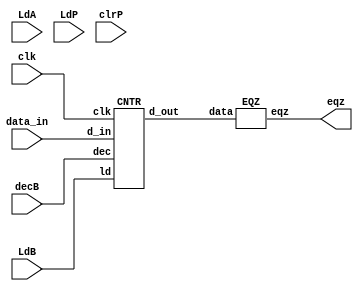
module Mul_datapath(eqz, LdA, LdB, LdP, clrP, decB, data_in, clk);
    input LdA, LdB, LdP, clrP, decB, clk;
    input [15:0] data_in;
    output eqz;
    wire [15:0] x, y, z, b_out, bus;
    assign bus = data_in;
    PIPO1 A(x, bus, LdA, clk);
    PIPO2 P(y, z, LdP, clrP, clk);
    CNTR B(b_out, bus, LdB, decB, clk);
    ADD AD(z, x, y);
    EQZ comp(eqz, b_out);
endmodule

module ADD(out , in1, in2);
    input [15:0] in1, in2;
    output reg [15:0] out;
    always @(*)
        out = in1 + in2;
endmodule

module PIPO1(d_out, d_in, ld, clk);
    input [15:0] d_in;
    input ld, clk;
    output reg [15:0] d_out;
    always @(posedge clk)
        if(ld)
            d_out <= d_in;
endmodule

module PIPO2(d_out, d_in, ld, clr, clk);
    input [15:0] d_in;
    input clr, clk, ld;
    output reg [15:0] d_out;
    always @(posedge clk)
        if(clr)
            d_out <= 16'b0;
        else if(ld)
            d_out <= d_in;
endmodule

module EQZ(eqz, data);
    input [15:0] data;
    output eqz;
    assign eqz = (data == 0); // if B == 0, then eqz i.e. equality to z is zero
endmodule

module CNTR (d_out, d_in, ld, dec, clk);
    input [15:0] d_in;
    input ld, dec, clk;
    output reg [15:0] d_out;
    always @(posedge clk)
    begin
        if(ld)
            d_out <= d_in;
        else if(dec)
            d_out <= d_out - 1;
    end
endmodule



module controller(LdA, LdB, LdP, clrP, decB, done, clk, eqz, start);

// The control path
    input clk, eqz, start;
    output reg LdA, LdB, LdP, clrP, decB, done;

    reg [2:0] state;
    parameter s0 = 3'b000, s1 = 3'b001, s2 = 3'b010, s3 = 3'b011, s4 = 3'b100;
    always @(posedge clk)
        begin
            case (state)
                s0 : if(start) 
                        state <= s1;
                s1 : state <= s2;
                s2 : state <= s3;
                s3 : #2 if(eqz)         
                            state <= s4;
                s4 : state <= s4;
                default : state <= s0;
            endcase    
        end
    always @(state)
    begin
            case (state)
                s0 : begin 
                        #1 LdA = 0; LdB = 0; LdP = 0; clrP = 0; decB = 0; 
                     end
                s1 : begin 
                        #1 LdA = 1;
                     end
                s2 : begin 
                      #1 LdA = 0; LdB = 1; clrP = 1;
                     end
                s3 : begin 
                      #1 LdB = 0; LdP = 1; clrP = 0; decB = 1;
                     end
                s4 : begin
                      #1 done = 1; LdB = 0; LdP = 0; decB = 0;
                     end 
                default : begin 
                            #1 LdA = 0; LdB = 0; LdP = 0; clrP = 0; decB = 0;
                          end
            endcase 
    end
endmodule